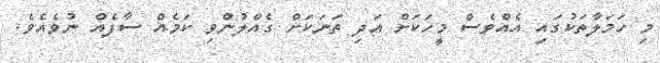
މި ހަމަލާތަކުގައި އެއްވެސް މީހަކަށް އަދި ތަނަކަށް ގެއްލުންވި ކަމެއް ސާފެއް ނުވެއެވެ.